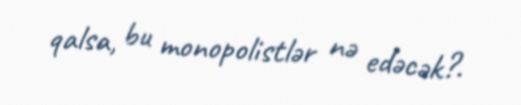
qalsa, bu monopolistlər nə edəcək?.